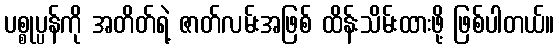
ပစ္စုပ္ပန်ကို အတိတ်ရဲ့ ဇာတ်လမ်းအဖြစ် ထိန်းသိမ်းထားဖို့ ဖြစ်ပါတယ်။